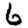
Digit: 6